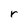
Character: r